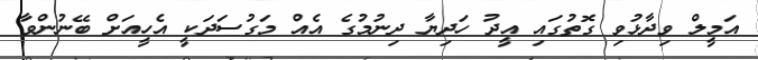
އަމީލް ވިދާޅުވި ގޮތުގައި އީދު ހަދިޔާ ދިނުމުގެ އެއް މަގުސަދަކީ އެހީއަށް ބޭނުންވާ